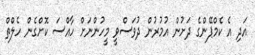
އަދި އެ ކެމްޕޭންގެ ދަށުން އުމުރުން ދުވަސްވީ މީހުންނަށް ހާއްސަ ކޮށްގެން ހެލްތް